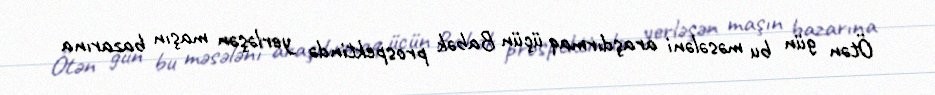
Ötən gün bu məsələni araşdırmaq üçün Babək prospektində yerləşən maşın bazarına